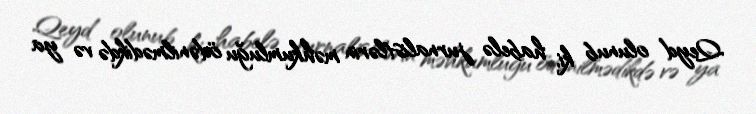
Qeyd olunub ki, habelə jurnalistlərin məhkumluğu ödənilmədikdə və ya